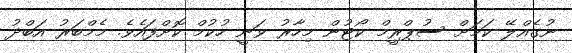
ނުގެއްލޭ ކަމަށް ސުޕްރީމް ކޯޓުން މިހާރު ވަނީ ހުކުމް ކޮށްފައެވެ. މެމްބަރު އަބްދު